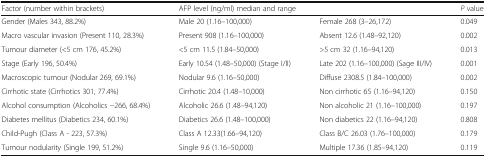
<table><thead><tr><td><b>Factor (number within brackets)</b></td><td colspan="2"><b>AFP level (ng/ml) median and range</b></td><td><b><i>P</i> value</b></td></tr></thead><tbody><tr><td>Gender (Males 343, 88.2%)</td><td>Male 20 (1.16–100,000)</td><td>Female 268 (3–26,172)</td><td>0.049</td></tr><tr><td>Macro vascular invasion (Present 110, 28.3%)</td><td>Present 908 (1.16–100,000)</td><td>Absent 12.6 (1.48–92,120)</td><td>0.002</td></tr><tr><td>Tumour diameter (&lt;5 cm 176, 45.2%)</td><td>&lt;5 cm 11.5 (1.84–50,000)</td><td>&gt;5 cm 32 (1.16–94,120)</td><td>0.013</td></tr><tr><td>Stage (Early 196, 50.4%)</td><td>Early 10.54 (1.48–50,000) (Stage I/II)</td><td>Late 202 (1.16–100,000) (Sage III/IV)</td><td>0.001</td></tr><tr><td>Macroscopic tumour (Nodular 269, 69.1%)</td><td>Nodular 9.6 (1.16–50,000)</td><td>Diffuse 2308.5 (1.84–100,000)</td><td>0.002</td></tr><tr><td>Cirrhotic state (Cirrhotics 301, 77.4%)</td><td>Cirrhotic 20.4 (1.48–10,000)</td><td>Non cirrhotic 65 (1.16–94,120)</td><td>0.150</td></tr><tr><td>Alcohol consumption (Alcoholics −266, 68.4%)</td><td>Alcoholic 26.6 (1.48–94,120)</td><td>Non alcoholic 21 (1.16–100,000)</td><td>0.197</td></tr><tr><td>Diabetes mellitus (Diabetics 234, 60.1%)</td><td>Diabetics 26.6 (1.48–100,000)</td><td>Non diabetics 22 (1.16–94,120)</td><td>0.808</td></tr><tr><td>Child-Pugh (Class A - 223, 57.3%)</td><td>Class A 12.33(1.66–94,120)</td><td>Class B/C 26.03 (1.76–100,000)</td><td>0.179</td></tr><tr><td>Tumour nodularity (Single 199, 51.2%)</td><td>Single 9.6 (1.16–50,000)</td><td>Multiple 17.36 (1.85–94,120)</td><td>0.119</td></tr></tbody></table>